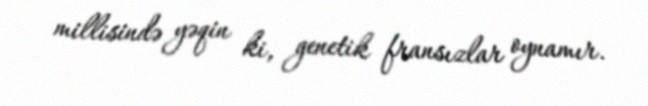
millisində yəqin ki, genetik fransızlar oynamır.